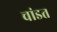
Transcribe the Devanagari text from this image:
चांडत